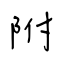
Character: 附